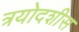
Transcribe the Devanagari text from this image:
त्रयोदशीस